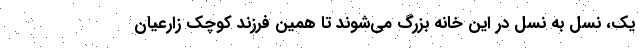
یک، نسل به نسل در این خانه بزرگ می‌شوند تا همین فرزند کوچک زارعیان